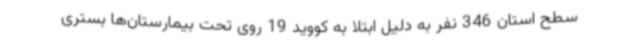
سطح استان 346 نفر به دلیل ابتلا به کووید 19 روی تحت بیمارستان‌ها بستری